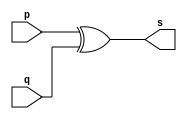
// ---------------------------------
// ------- Exemplo0005 - xor -------
// Ana Carolina Conceio de Jesus
// ---------------------------------

// ---------------------------------
// --------- XOr gate --------------
// ---------------------------------

module xorgate(output [0:3]s, input [0:3]p, input [0:3]q);
assign s = p ^ q;
endmodule // xorgate

// --------------------------------
// -------- Test xor gate ---------
// --------------------------------

module testxorgate;
// -------------- dados locais
reg [0:3]a,b; // definir registrador
			// (variavel independente)
wire [0:3]s; // definir conexao (fio)
			// (variavel dependente)

// ----------------------- instancia
xorgate XOR1(s,a,b);
// -------------------- preparao
initial begin:start
a =4'b0011; b =4'b0101; // atribuio simultanea
end

//----------- parte principal
initial begin:main
	$display("Exemplo0003 - Ana Carolina - 449517");
	$display("Test XOR gate");
	$display("\n a ^ b = s\n");
	$monitor("%b ^ %b = %b",a,b,s);
#1 a=0; b=0; // valores decimais 
#1 a=4'b0010; b=4'b0001; // valores binarios 
#1 a=4'd1; b=3; // decimal e decimal 
#1 a=4'o5; b=2; // octal e decimal 
#1 a=4'hA; b=3; // hexadecimal e decimal 
#1 a=4'h9; b=4'o3; // hexadecimal e octal 		

end

endmodule // testxorgate